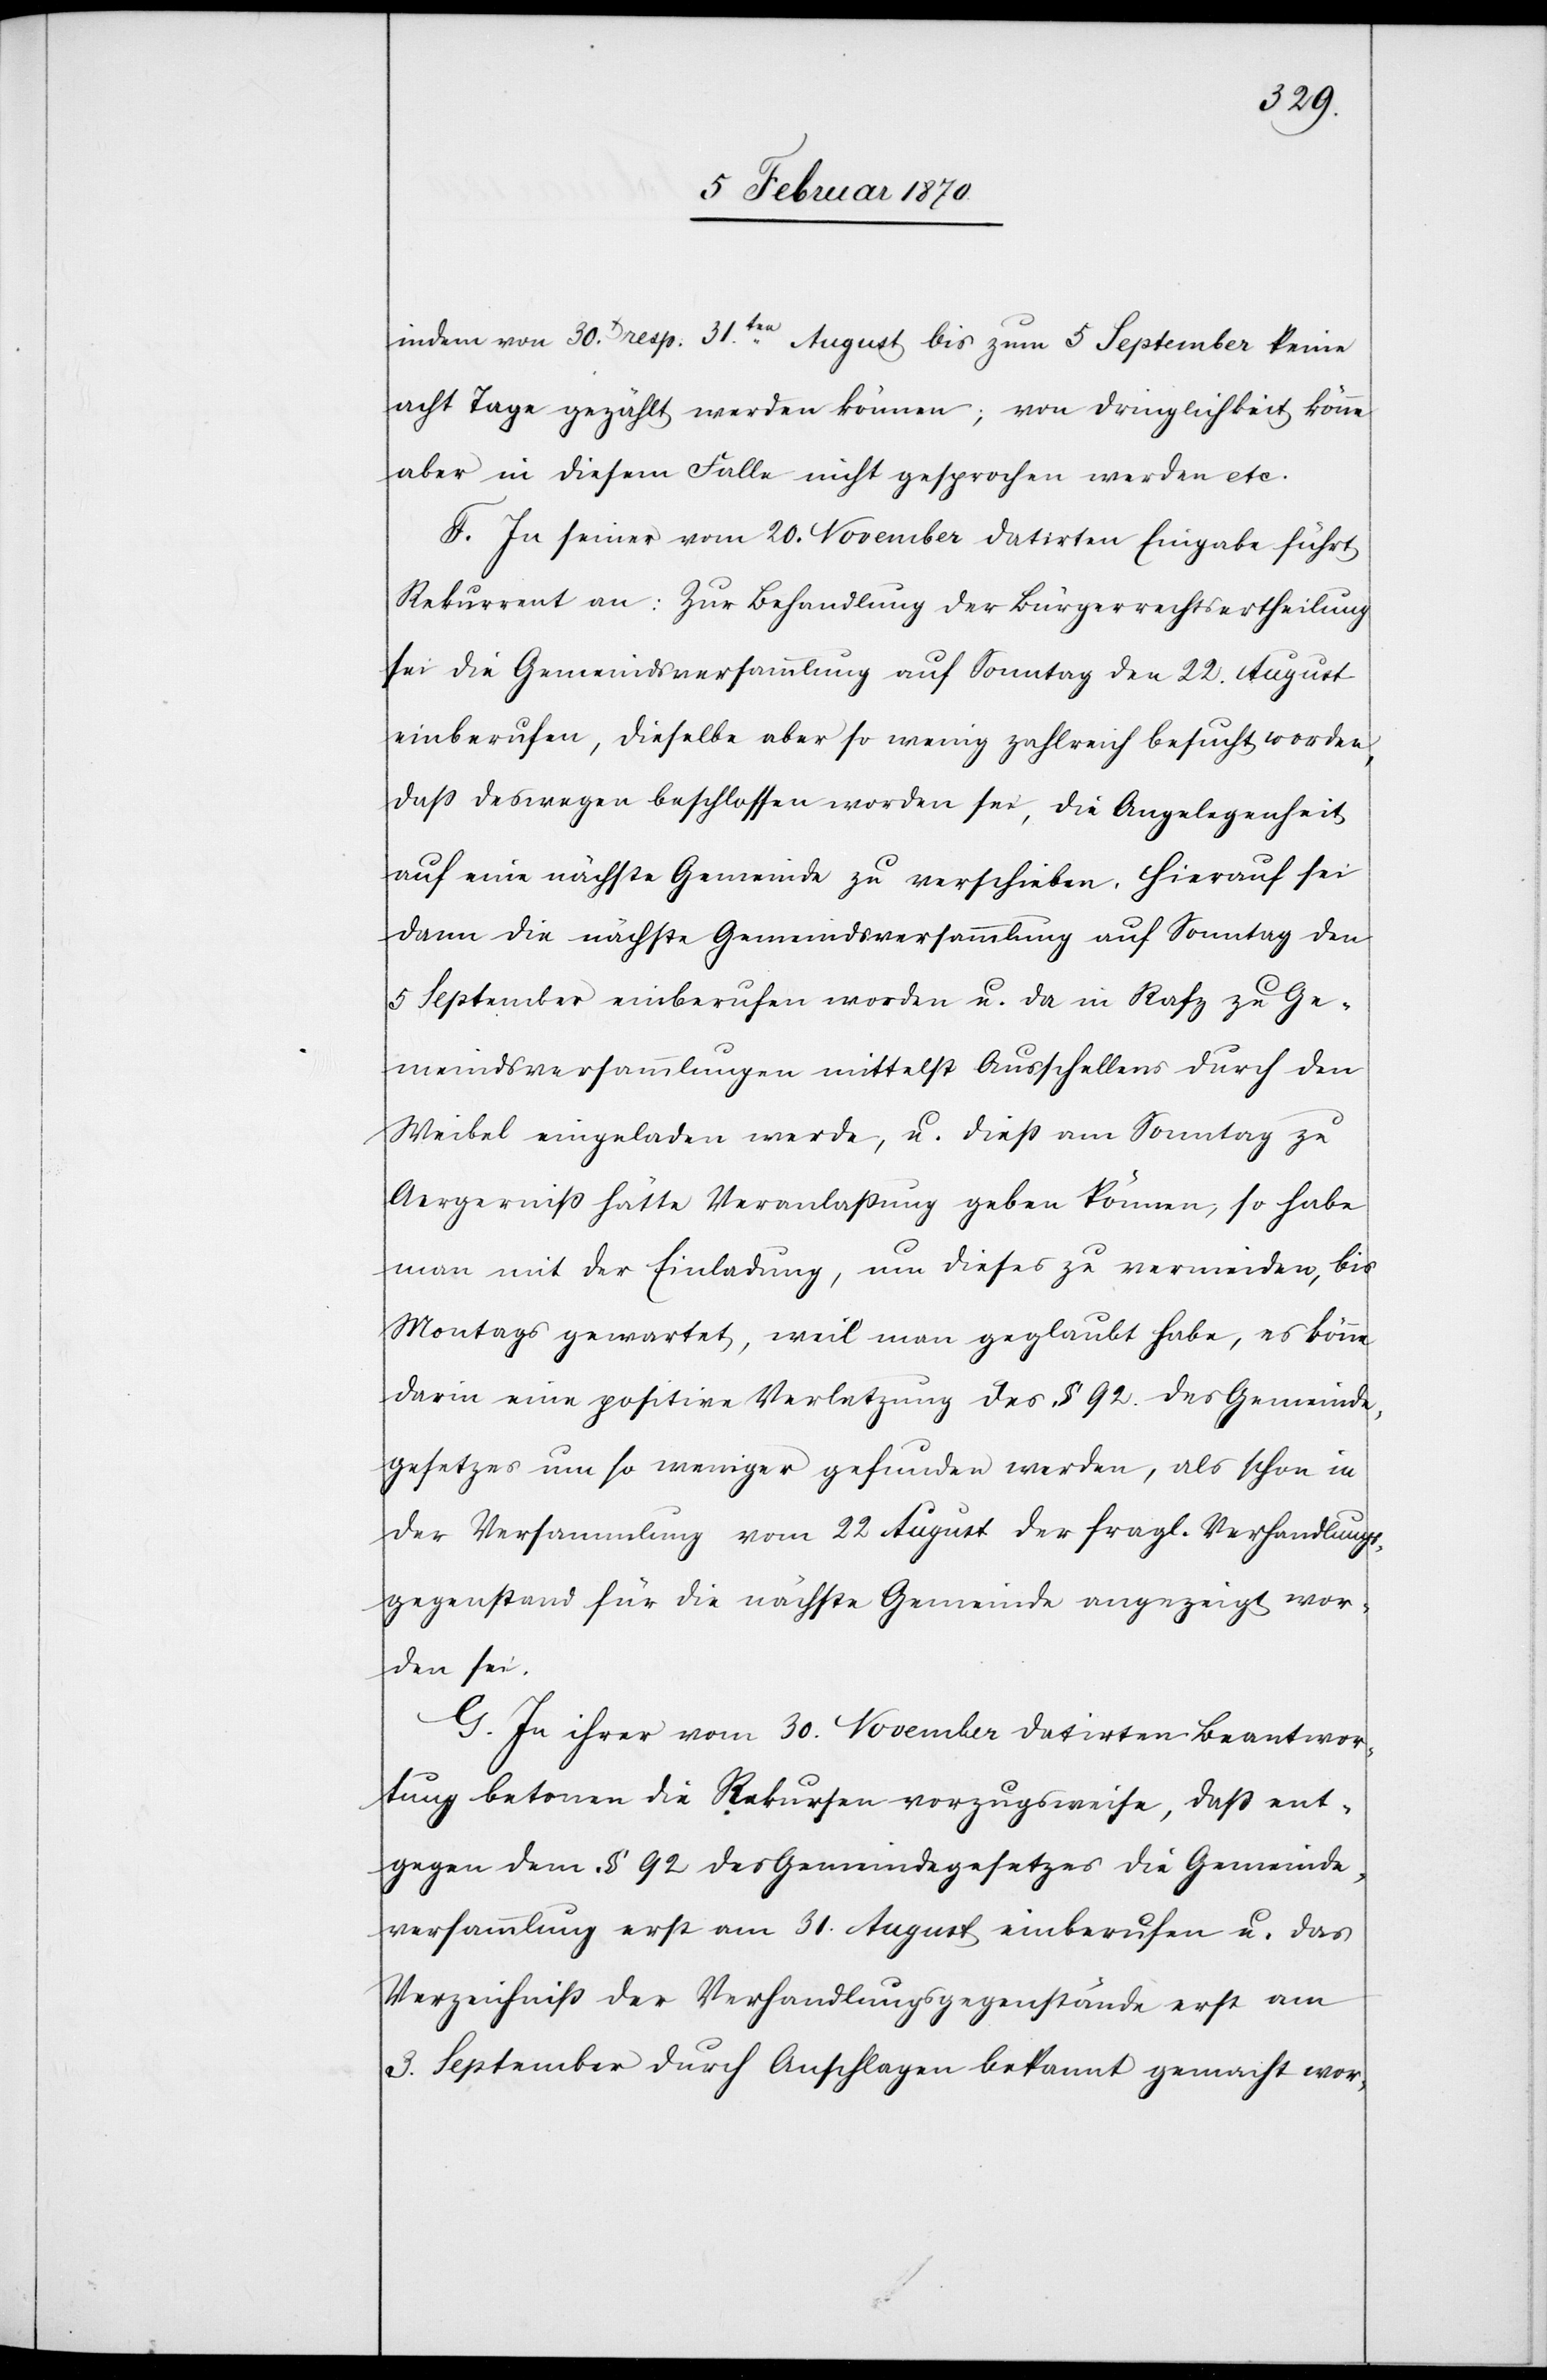
indem von 30t. resp. 31ten. August bis zum 5 September keine
acht Tage gezählt werden können; von Dringlichkeit könne
aber in diesem Falle nicht gesprochen werden etc.
F. In seiner vom 20. November datirten Eingabe führt
Rekurrent an: Zur Behandlung der Bürgerrechtsertheilung
sei die Gemeindsversammlung auf Sonntag den 22. August
einberufen, dieselbe aber so wenig zahlreich besucht worden,
dass deswegen beschlossen worden sei, die Angelegenheit
auf eine nächste Gemeinde zu verschieben. Hierauf sei
dann die nächste Gemeindsversammlung auf Sonntag den
5 September einberufen worden u. da in Rafz zu Ge¬
meindsversammlungen mittelst Ausschellens durch den
Weibel eingeladen werde, u. dieß nun Sonntag zu
Aergerniß hätte Veranlaßung geben können, so habe
man mit der Einladung, um dieses zu vermeiden, bis
Montags gewartet, weil man geglaubt habe, es könne
darin eine positive Verletzung des § 92. des Gemeinde¬
gesetzes um so weniger gefunden werden, als schon in
der Versammlung vom 22 August der fragl. Verhandlungs¬
gegenstand für die nächste Gemeinde angezeigt wor¬
den sei.
G. In ihrer vom 30. November datirten Beantwor¬
tung betonen die Rekursen vorzugsweise, daß ent¬
gegen dem § 92 des Gemeindegesetzes die Gemeinde¬
versammlung erst am 31. August einberufen u. das
Verzeichniß der Verhandlungsgegenstände erst am
3. September durch Anschlagen bekannt gemacht wor-